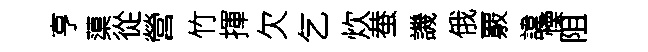
亨蕖從營竹揮欠乞炊蛬譏俄覈諱慄阻